Eesti_Rahvusfond, lk 48
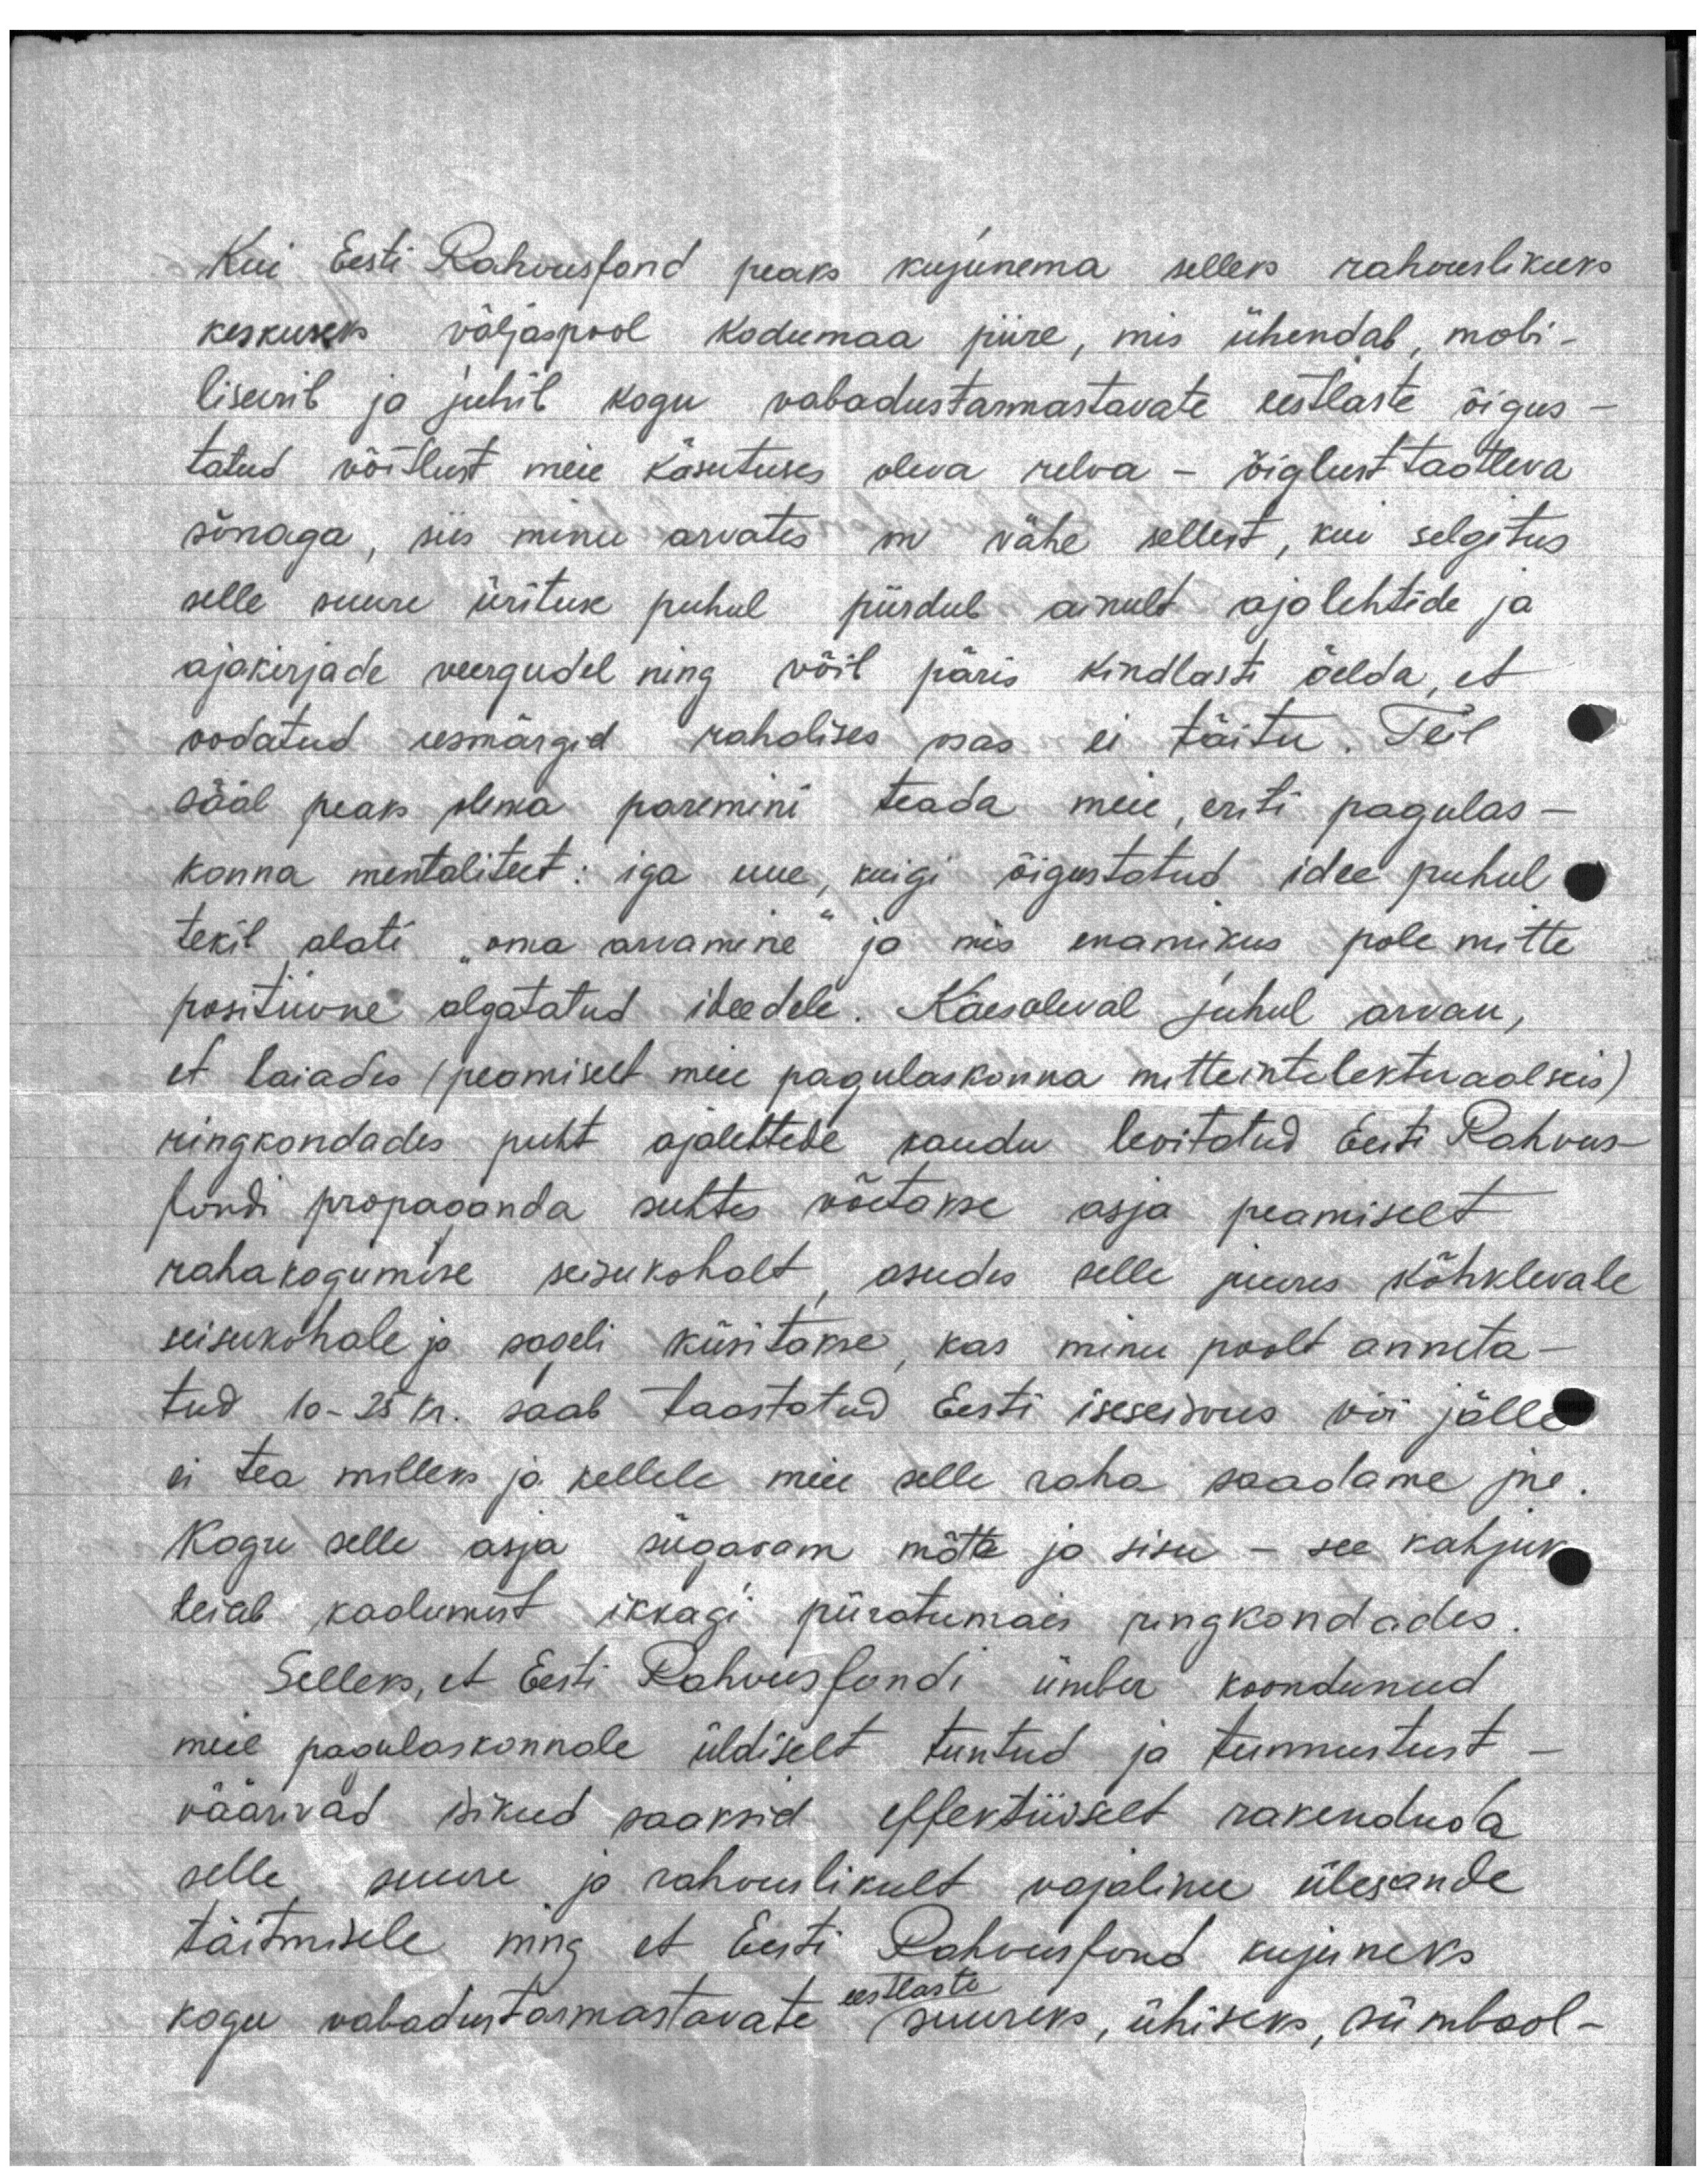
Kui Eesti Rahvusfond peaks kujunema selleks rahvuslikuks
keskuseks väljaspool kodumaa piire, mis ühendab, mobi-
liseerib ja juhib kogu vabadustarmastavate eestlaste õigus-
tatud võitlust meie käsutuses oleva relva - õiglust taotleva
sõnaga, siis minu arvates on vähe sellest, kui selgitus
selle suure ürituse puhul piirdub ainult ajalehtede ja
ajakirjade veergudel ning võib päris kindlasti öelda, et
oodatud eesmärgid rahalises osas ei täitu. Teil
sääl peaks olema paremini teada meie, eriti pagulas-
konna mentaliteet: iga uue, kuigi õigustatud idee puhul
tekib alati "oma arvamine" ja mis enamikus pole mitte
positiivne algatatud ideedele. Käesoleval juhul arvan,
et laiades (peamiselt meie pagulaskonna mitteintelektuaalseis)
ringkondades puht ajalehtede kaudu levitatud Eesti Rahvus-
fondi propaganda suhtes võetakse asja peamiselt
rahakogumise seisukohalt, asudes selle juures kõhklevale
seisukohale ja sageli küsitakse, kas minu poolt anneta-
tud 10 - 25 kr. saab taastatud Eesti iseseisvus või jälle
ei tea milleks ja kellele meie selle raha saadame jne
Kogu selle asja sügavam mõtte ja sisu - see kahjuks
leiab kaalumist ikkagi piiratumais ringkondades
Selleks, et Eesti Rahvusfondi ümber koondunud
meie pagulaskonnale üldiselt tuntud ja tunnustust
väärivad isikud saaksid effektiivselt rakenduda
selle suure ja rahvuslikult vajaliku ülesande
täitmisele ning et Eesti Rahvusfond kujuneks
kogu vabadustarmastavate eestlaste suureks, ühiseks, sümbool-